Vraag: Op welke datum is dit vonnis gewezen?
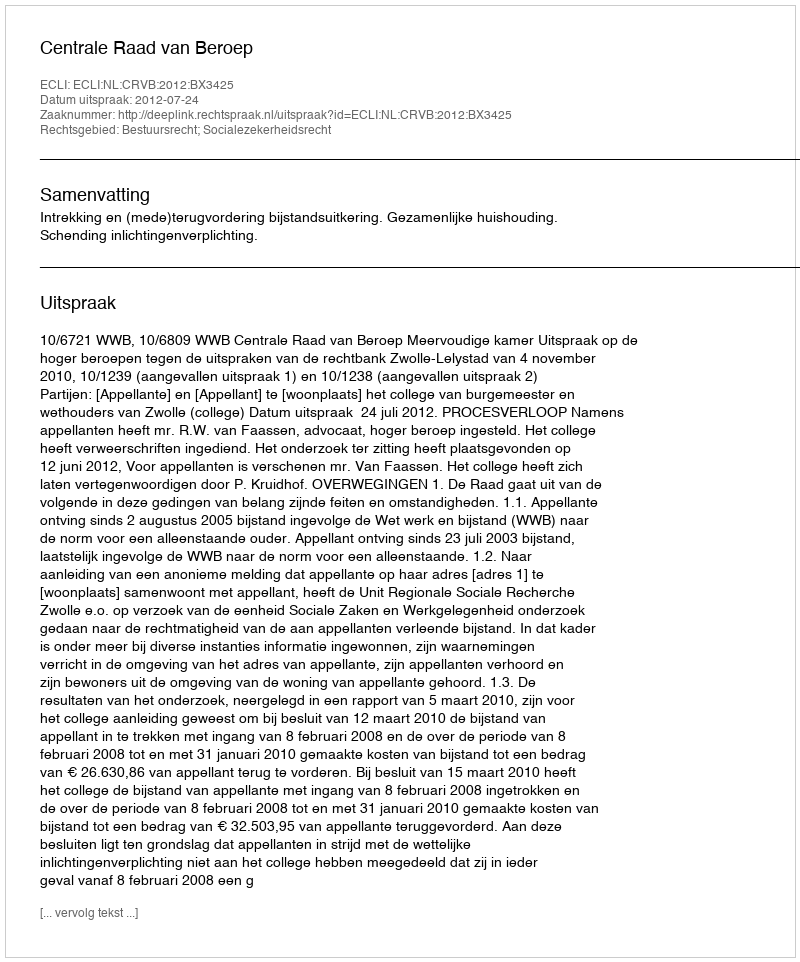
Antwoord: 2012-07-24